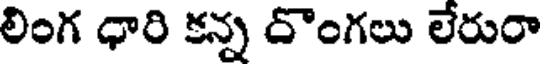
లింగ ధారి కన్న దొంగలు లేరురా